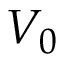
V _ { 0 }